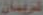
شريمان